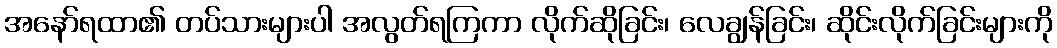
အနော်ရထာ၏ တပ်သားများပါ အလွတ်ရကြကာ လိုက်ဆိုခြင်း၊ လေချွန်ခြင်း၊ ဆိုင်းလိုက်ခြင်းများကို